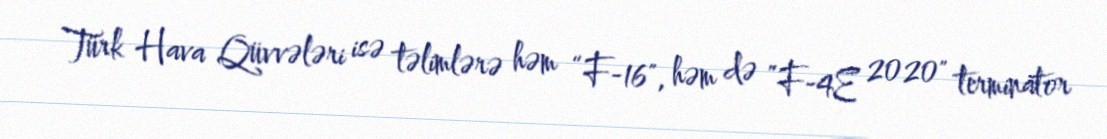
Türk Hava Qüvvələri isə təlimlərə həm “F-16", həm də ”F-4E 2020" terminator